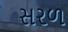
સરળ